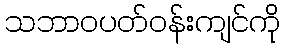
သဘာဝပတ်ဝန်းကျင်ကို